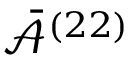
\bar { \mathcal { A } } ^ { ( 2 2 ) }